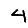
Digit: 4